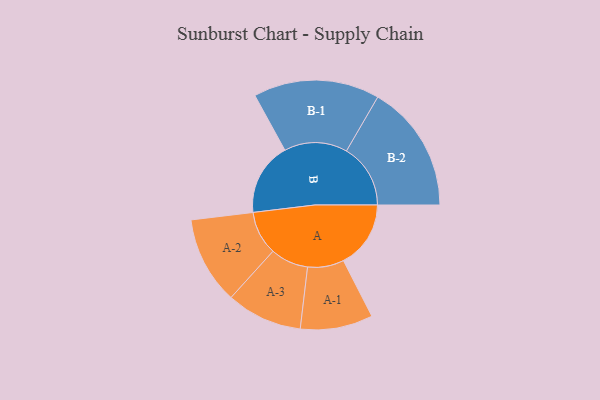
{"axis": {"x": "Segment", "y": "Value"}, "legend": ["", "A", "B"], "data": [{"x": "A", "y": 206, "type": ""}, {"x": "B", "y": 223, "type": ""}, {"x": "A-1", "y": 111, "type": "A"}, {"x": "A-2", "y": 134, "type": "A"}, {"x": "A-3", "y": 116, "type": "A"}, {"x": "B-1", "y": 193, "type": "B"}, {"x": "B-2", "y": 196, "type": "B"}]}